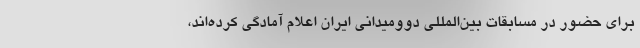
برای حضور در مسابقات بین‌المللی دوومیدانی ایران اعلام آمادگی کرده‌اند،